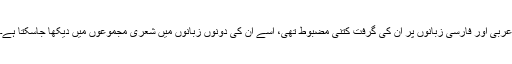
عربی اور فارسی زبانوں پر ان کی گرفت کتنی مضبوط تھی، اسے ان کی دونوں زبانوں میں شعری مجموعوں میں دیکھا جاسکتا ہے۔